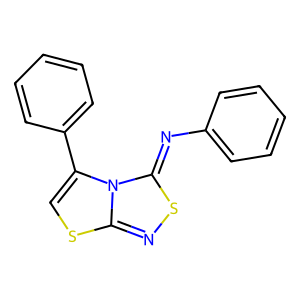
SMILES: c1ccc(N=c2snc3scc(-c4ccccc4)n23)cc1
Inhibits HIV replication: No